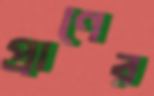
প্রাণের